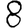
Digit: 8